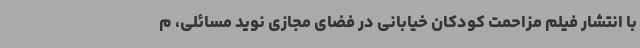
با انتشار فیلم مزاحمت کودکان خیابانی در فضای مجازی نوید مسائلی، م